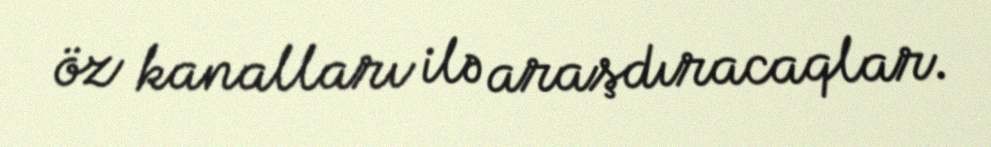
öz kanalları ilə araşdıracaqlar.